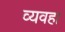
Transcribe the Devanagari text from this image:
व्यवहा